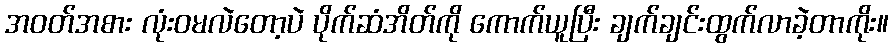
အဝတ်အစား လုံးဝမလဲတော့ပဲ ပိုက်ဆံအိတ်ကို ကောက်ယူပြီး ချက်ချင်းထွက်လာခဲ့တာကိုး။